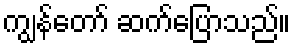
ကျွန်တော် ဆက်ပြောသည်။